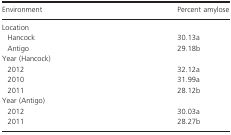
| Environment | Percent amylose |
 | --- | --- |
 | <COLSPAN=2> Location |
 | Hancock | 30.13a |
 | Antigo | 29.18b |
 | <COLSPAN=2> Year (Hancock) |
 | 2012 | 32.12a |
 | 2010 | 31.99a |
 | 2011 | 28.12b |
 | <COLSPAN=2> Year (Antigo) |
 | 2012 | 30.03a |
 | 2011 | 28.27b |